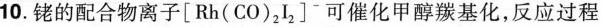
10.铑的配合物离子[Rh(CO)_{2}I_{2}]-可催化甲醇羰基化，反应过程